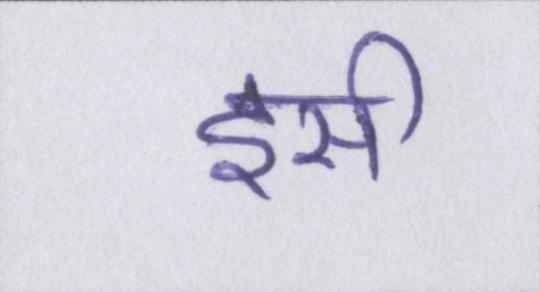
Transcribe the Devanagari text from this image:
इसी